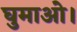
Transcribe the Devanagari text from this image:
घुमाओ।